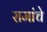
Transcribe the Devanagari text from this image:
रामांचे